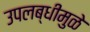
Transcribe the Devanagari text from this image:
उपलब्धीमुळे